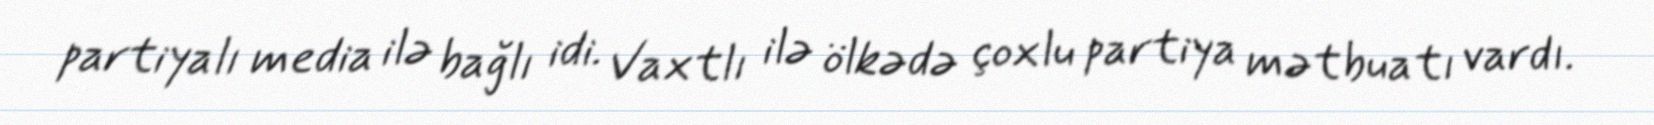
partiyalı media ilə bağlı idi. Vaxtlı ilə ölkədə çoxlu partiya mətbuatı vardı.